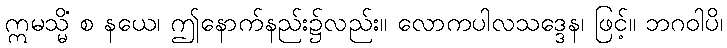
ဣမသ္မိံ စ နယေ၊ ဤနောက်နည်း၌လည်း။ လောကပါလသဒ္ဒေန၊ ဖြင့်။ ဘဂဝါပိ၊